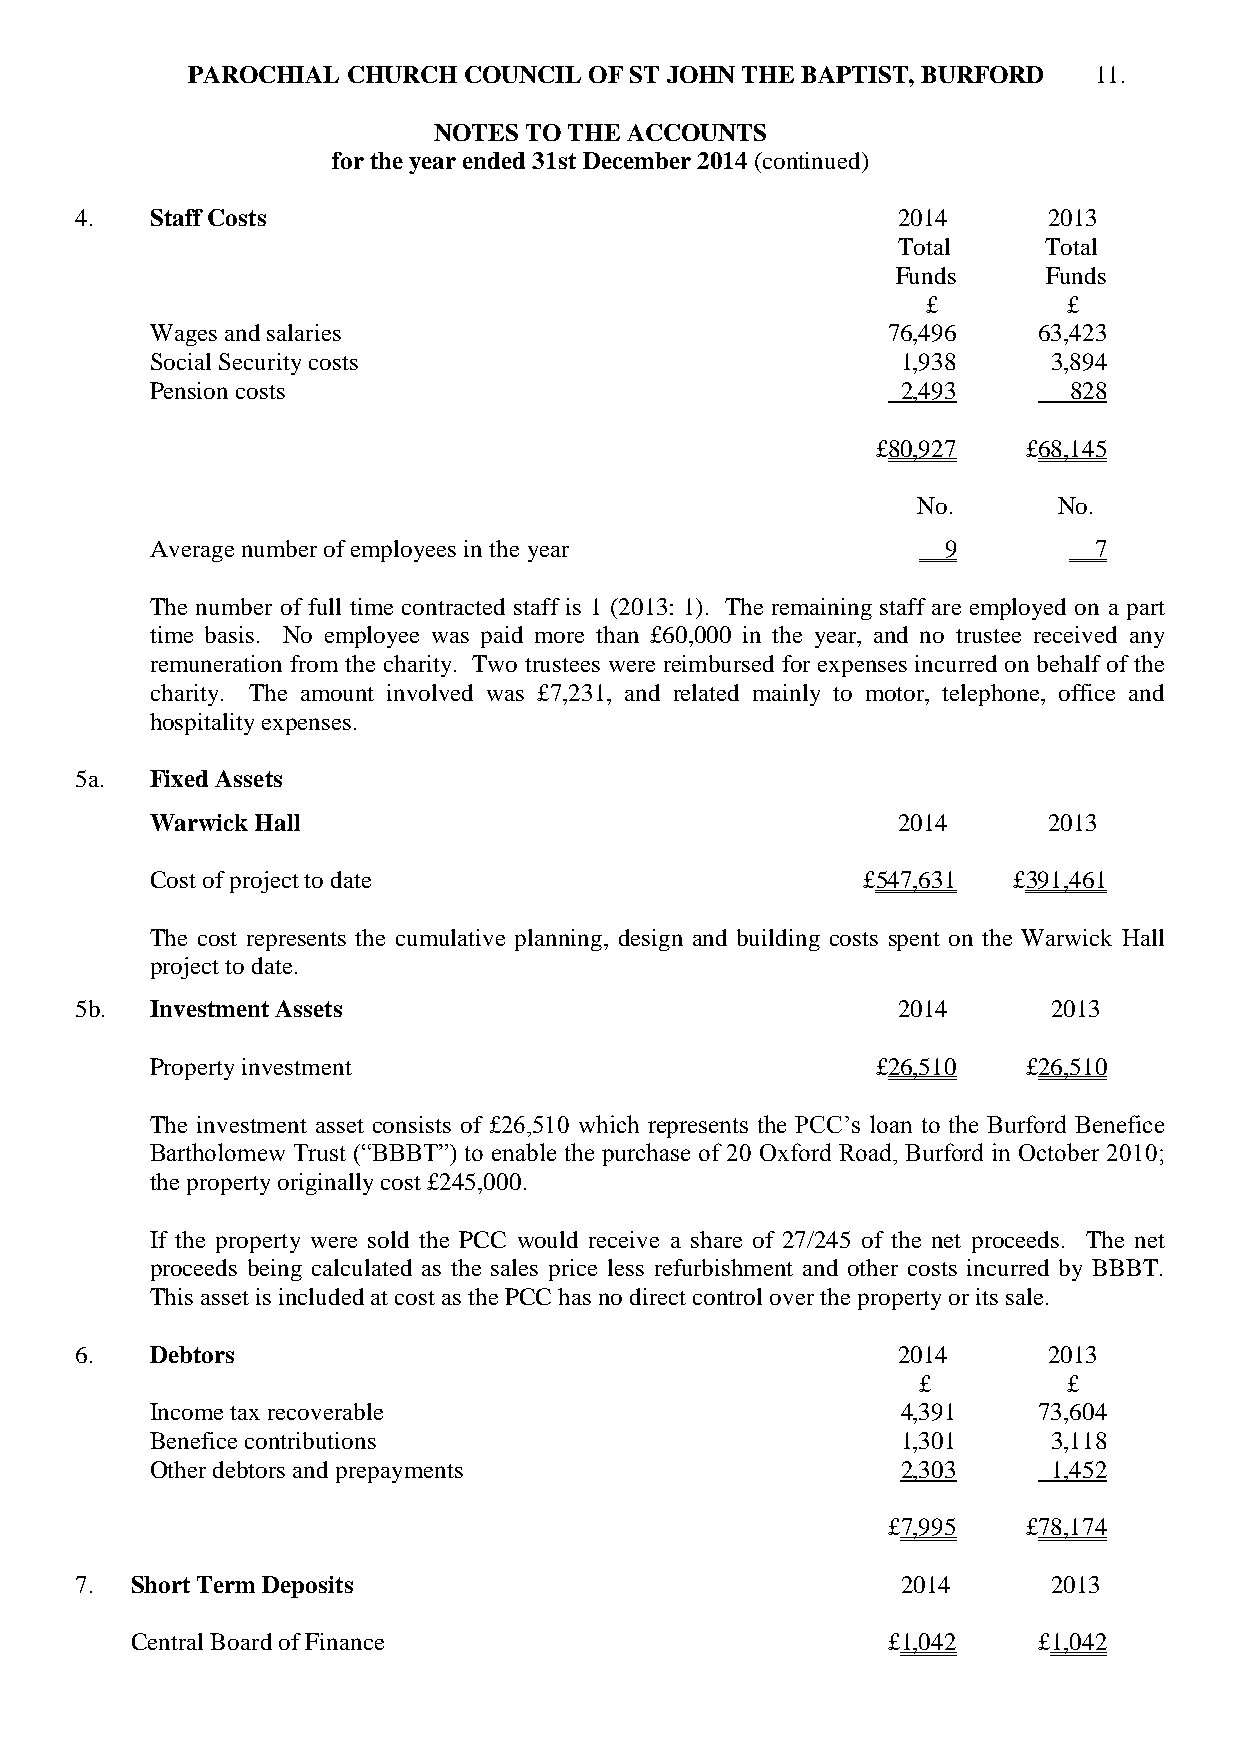
PAROCHIAL  CHURCH  COUNCIL OF ST JOHN THE BAPTIST, BURFORD  11.
 NOTES TO THE ACCOUNTS
 for the year ended 31st December 2014 (continued)
 4.   Staff Costs                                      2014      2013
 Total     Total
 Funds     Funds
 £         £
 Wages and salaries                               76,496    63,423
 Social Security costs                             1,938     3,894
 Pension costs                                     2,493      828
 £80,927   £68,145
 No.      No.
 Average number of employees in the year             9         7
 The number of full time contracted staff is 1 (2013: 1). The remaining staff are employed on a part
 time basis. No employee was paid more than £60,000 in the year, and no trustee received any
 remuneration from the charity. Two trustees were reimbursed for expenses incurred on behalf of the
 charity. The amount involved was £7,231, and related mainly to motor, telephone, office and
 hospitality expenses.
 5a.  Fixed Assets
 Warwick Hall                                     2014      2013
 Cost of project to date                        £547,631  £391,461
 The cost represents the cumulative planning, design and building costs spent on the Warwick Hall
 project to date.
 5b.  Investment Assets                                2014       2013
 Property investment                             £26,510   £26,510
 The investment asset consists of £26,510 which represents the PCC’s loan to the Burford Benefice
 Bartholomew Trust (“BBBT”) to enable the purchase of 20 Oxford Road, Burford in October 2010;
 the property originally cost £245,000.
 If the property were sold the PCC would receive a share of 27/245 of the net proceeds. The net
 proceeds being calculated as the sales price less refurbishment and other costs incurred by BBBT.
 This asset is included at cost as the PCC has no direct control over the property or its sale.
 6.   Debtors                                          2014      2013
 £         £
 Income tax recoverable                            4,391    73,604
 Benefice contributions                            1,301     3,118
 Other debtors and prepayments                     2,303     1,452
 £7,995   £78,174
 7.  Short Term Deposits                                2014      2013
 Central Board of Finance                          £1,042    £1,042